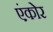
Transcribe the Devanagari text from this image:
एंकोर